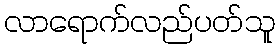
လာရောက်လည်ပတ်သူ